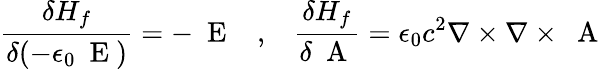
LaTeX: \frac{\delta H_{f}}{\delta(-\epsilon_{0}\mathrm{~\mathbf~E~})}=-\mathrm{~\mathbf~E~}\; \; \; ,\; \; \; \frac{\delta H_{f}}{\delta\mathrm{~\mathbf~A~}}=\epsilon_{0}c^{2}\nabla\times\nabla\times\mathrm{~\mathbf~A~}